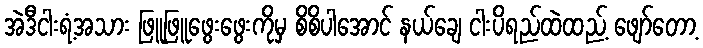
အဲဒီငါးရံ့အသား ဖြူဖြူဖွေးဖွေးကိုမှ စိစိပါအောင် နယ်ချေ ငါးပိရည်ထဲထည့် ဖျော်တော့